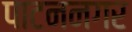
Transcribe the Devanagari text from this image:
पाटननगर